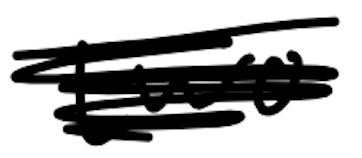
Text: two
Cross-out: scratch
Writing tool: digital_black